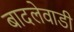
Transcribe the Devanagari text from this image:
बादलेवाडी